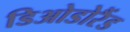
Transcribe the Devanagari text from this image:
डिओडोरैंड